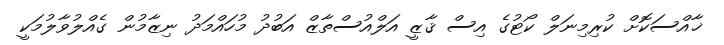
ޚާއްސަކޮށް ކުރިމިނަލް ކޯޓުގެ އިސް ޤާޒީ އަލްއުސްތާޒް އަބުދު މުހައްމަދު ނިޒާމުން ގެއްލުވާލުމަކީ